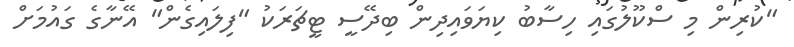
"ކުރިން މި ސްކޫލުގައި ހިސާބު ކިޔަވައިދިން ބިދޭސީ ޓީޗަރަކު "ފިލައިގެން" އޭނާގެ ގައުމަށް